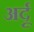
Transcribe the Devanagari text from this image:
अर्दू